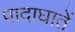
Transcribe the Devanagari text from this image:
पादाघातें